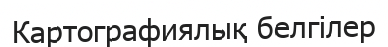
Картографиялық белгілер